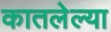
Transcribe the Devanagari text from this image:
कातलेल्या